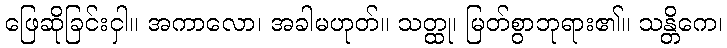
ဖြေဆိုခြင်းငှါ။ အကာလော၊ အခါမဟုတ်။ သတ္ထု၊ မြတ်စွာဘုရား၏။ သန္တိကေ၊